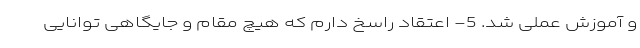
و آموزش عملی شد. 5- اعتقاد راسخ دارم که هیچ مقام و جایگاهی توانایی